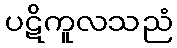
ပဋိကူလသညံ